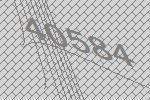
40584